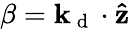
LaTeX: \beta=\mathbf{k}_{\mathrm{~d~}}\cdot\mathbf{\hat{z}}